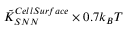
\tilde { K } _ { S N N } ^ { C e l l S u r f a c e } \times 0 . 7 k _ { B } T